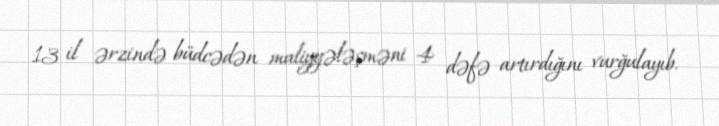
13 il ərzində büdcədən maliyyələşməni 4 dəfə artırdığını vurğulayıb.